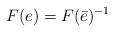
LaTeX: \begin{align*}F(e)=F(\bar{e})^{-1}\end{align*}